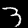
Label: 3